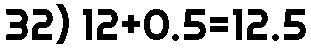
32) 12+0.5=12.5